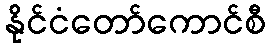
နိုင်ငံတော်ကောင်စီ